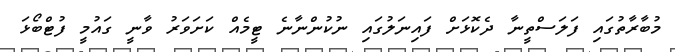
މުބާރާތުގައި ފަލަސްތީނާ ދެކޮޅަށް ފައިނަލުގައި ނުކުންނާނެ ޓީމެއް ކަށަވަރު ވާނީ ގައުމީ ފުޓްބޯޅަ